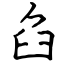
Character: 臽